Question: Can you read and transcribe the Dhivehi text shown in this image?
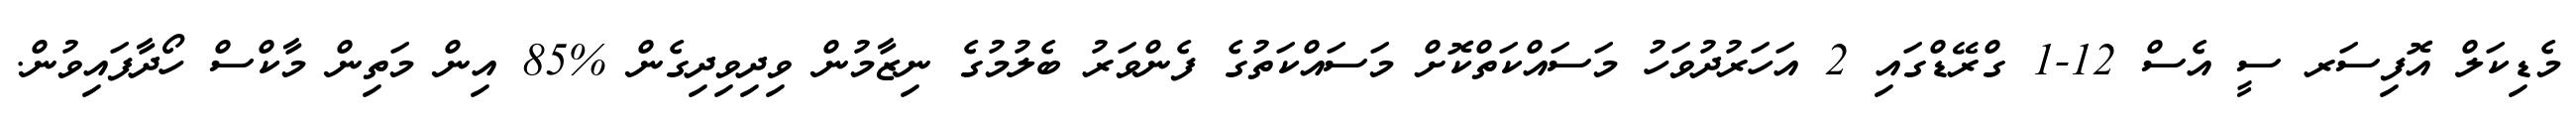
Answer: މެޑިކަލް އޮފިސަރ ސީ އެސް 12-1 ގްރޭޑްގައި 2 އަހަރުދުވަހު މަސައްކަތްކޮށް މަސައްކަތުގެ ފެންވަރު ބެލުމުގެ ނިޒާމުން ވިދިވިދިގެން %85 އިން މަތިން މާކްސް ހޯދާފައިވުން.